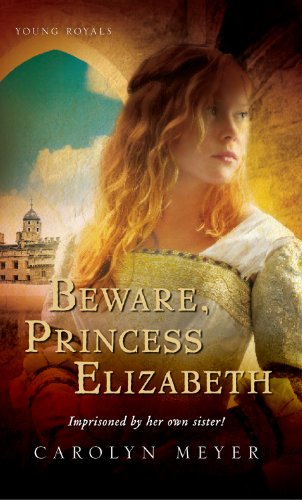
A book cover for Beware, Princess Elizabeth; Carolyn Meyer; Teen & Young Adult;